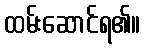
ထမ်းဆောင်ရ၏။